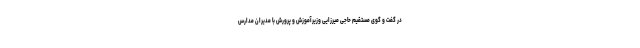
در گفت و گوی مستقیم حاجی میرزایی وزیرآموزش و پرورش با مدیران مدارس